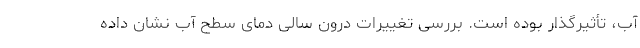
آب، تأثیرگذار بوده است. بررسی تغییرات درون سالی دمای سطح آب نشان داده